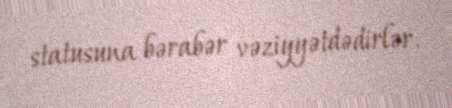
statusuna bərabər vəziyyətdədirlər.